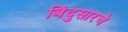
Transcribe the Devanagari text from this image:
बिंदुसारचे